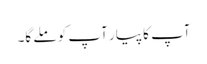
آپ کا پیار آپ کو ملے گا۔